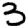
Digit: 3